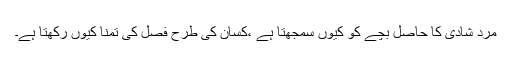
مرد شادی کا حاصل بچے کو کیوں سمجھتا ہے ،کسان کی طرح فصل کی تمنا کیوں رکھتا ہے۔